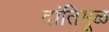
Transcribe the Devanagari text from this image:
दांतिमूळ